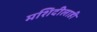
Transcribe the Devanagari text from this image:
मशिदीलाही